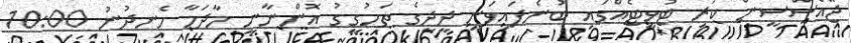
ޖޭއެސްސީން ކުރި ޓުވީޓެއްގައި ބުނެފައިވަނީ ދީދީގެ ތަހުގީގު އޮންނާނީ މާދަމާ ހެނދުނު 10:00